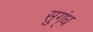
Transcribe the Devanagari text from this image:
सुग्ंध